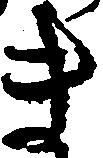
き